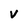
Character: v